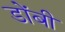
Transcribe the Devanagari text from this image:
डोंबी